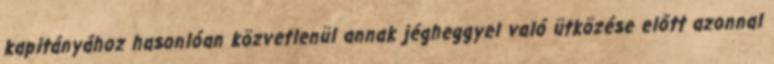
kapitányához hasonlóan közvetlenül annak jégheggyel való ütközése előtt azonnal